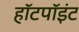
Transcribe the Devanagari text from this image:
हॉटपॉइंट